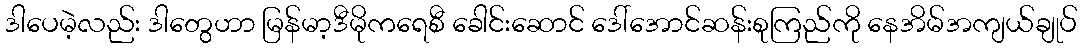
ဒါပေမဲ့လည်း ဒါတွေဟာ မြန်မာ့ဒီမိုကရေစီ ခေါင်းဆောင် ဒေါ်အောင်ဆန်းစုကြည်ကို နေအိမ်အကျယ်ချုပ်